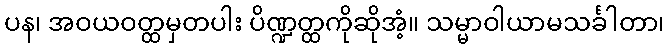
ပန၊ အဝယဝတ္ထမှတပါး ပိဏ္ဍတ္ထကိုဆိုအံ့။ သမ္မာဝါယာမသင်္ခါတာ၊